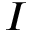
I